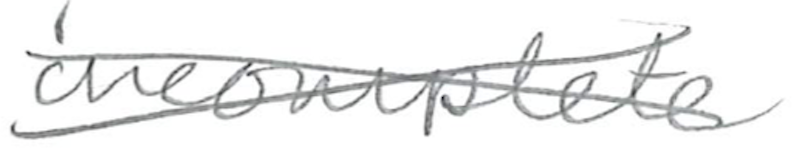
Text: incomplete
Cross-out: cross
Writing tool: pencil